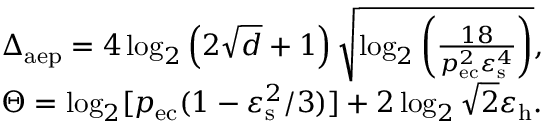
\begin{array} { r l } & { \Delta _ { \mathrm { a e p } } = 4 \log _ { 2 } \left( 2 \sqrt { d } + 1 \right) \sqrt { \log _ { 2 } \left( \frac { 1 8 } { p _ { \mathrm { e c } } ^ { 2 } \varepsilon _ { \mathrm { s } } ^ { 4 } } \right) } , } \\ & { \Theta = \log _ { 2 } [ p _ { \mathrm { e c } } ( 1 - \varepsilon _ { \mathrm { s } } ^ { 2 } / 3 ) ] + 2 \log _ { 2 } \sqrt { 2 } \varepsilon _ { \mathrm { h } } . } \end{array}